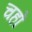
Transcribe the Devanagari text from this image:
चहों